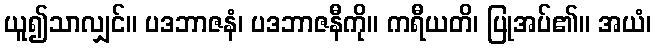
ယူ၍သာလျှင်။ ပဒဘာဇနံ၊ ပဒဘာဇနီကို။ ကရီယတိ၊ ပြုအပ်၏။ အယံ၊